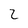
Character: 2